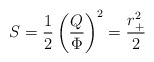
\begin{align*}S={1\over2} \left({Q\over \Phi}\right)^2= {r_+^2\over2}\end{align*}